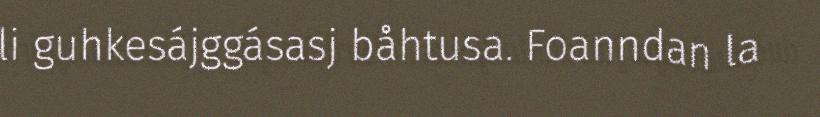
li guhkesájggásasj båhtusa. Foanndan la